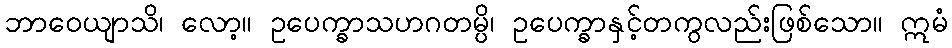
ဘာဝေယျာသိ၊ လော့။ ဥပေက္ခာသဟဂတမ္ပိ၊ ဥပေက္ခာနှင့်တကွလည်းဖြစ်သော။ ဣမံ